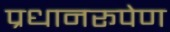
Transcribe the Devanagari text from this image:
प्रधानरूपेण